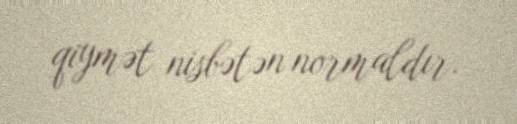
qiymət nisbətən normaldır.